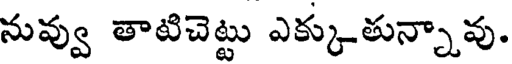
నువ్వు తాటిచెట్టు ఎక్కుతున్నావు.